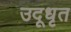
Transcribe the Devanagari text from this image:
उदूधृत